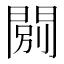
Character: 𨴾